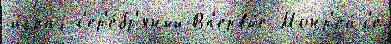
и́грах с'ер'е́бр'яный Вп'ервы́е Монр'еа́л'е